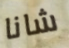
شانا